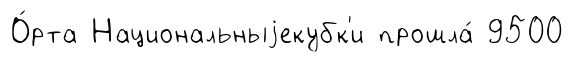
О́рта Национальныjекубк'и прошла́ 9500